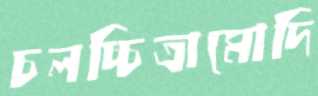
চলচ্চিত্রামোদি